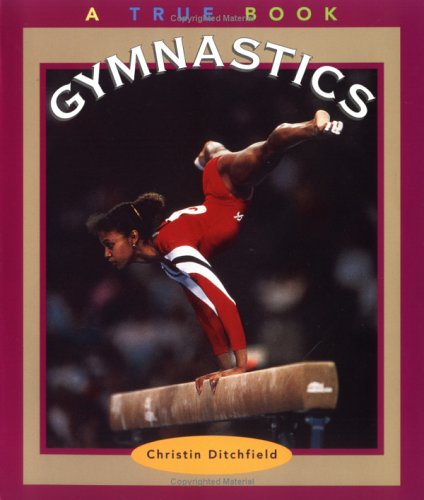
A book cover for Gymnastics (True Books: Sports); Christin Ditchfield; Children's Books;